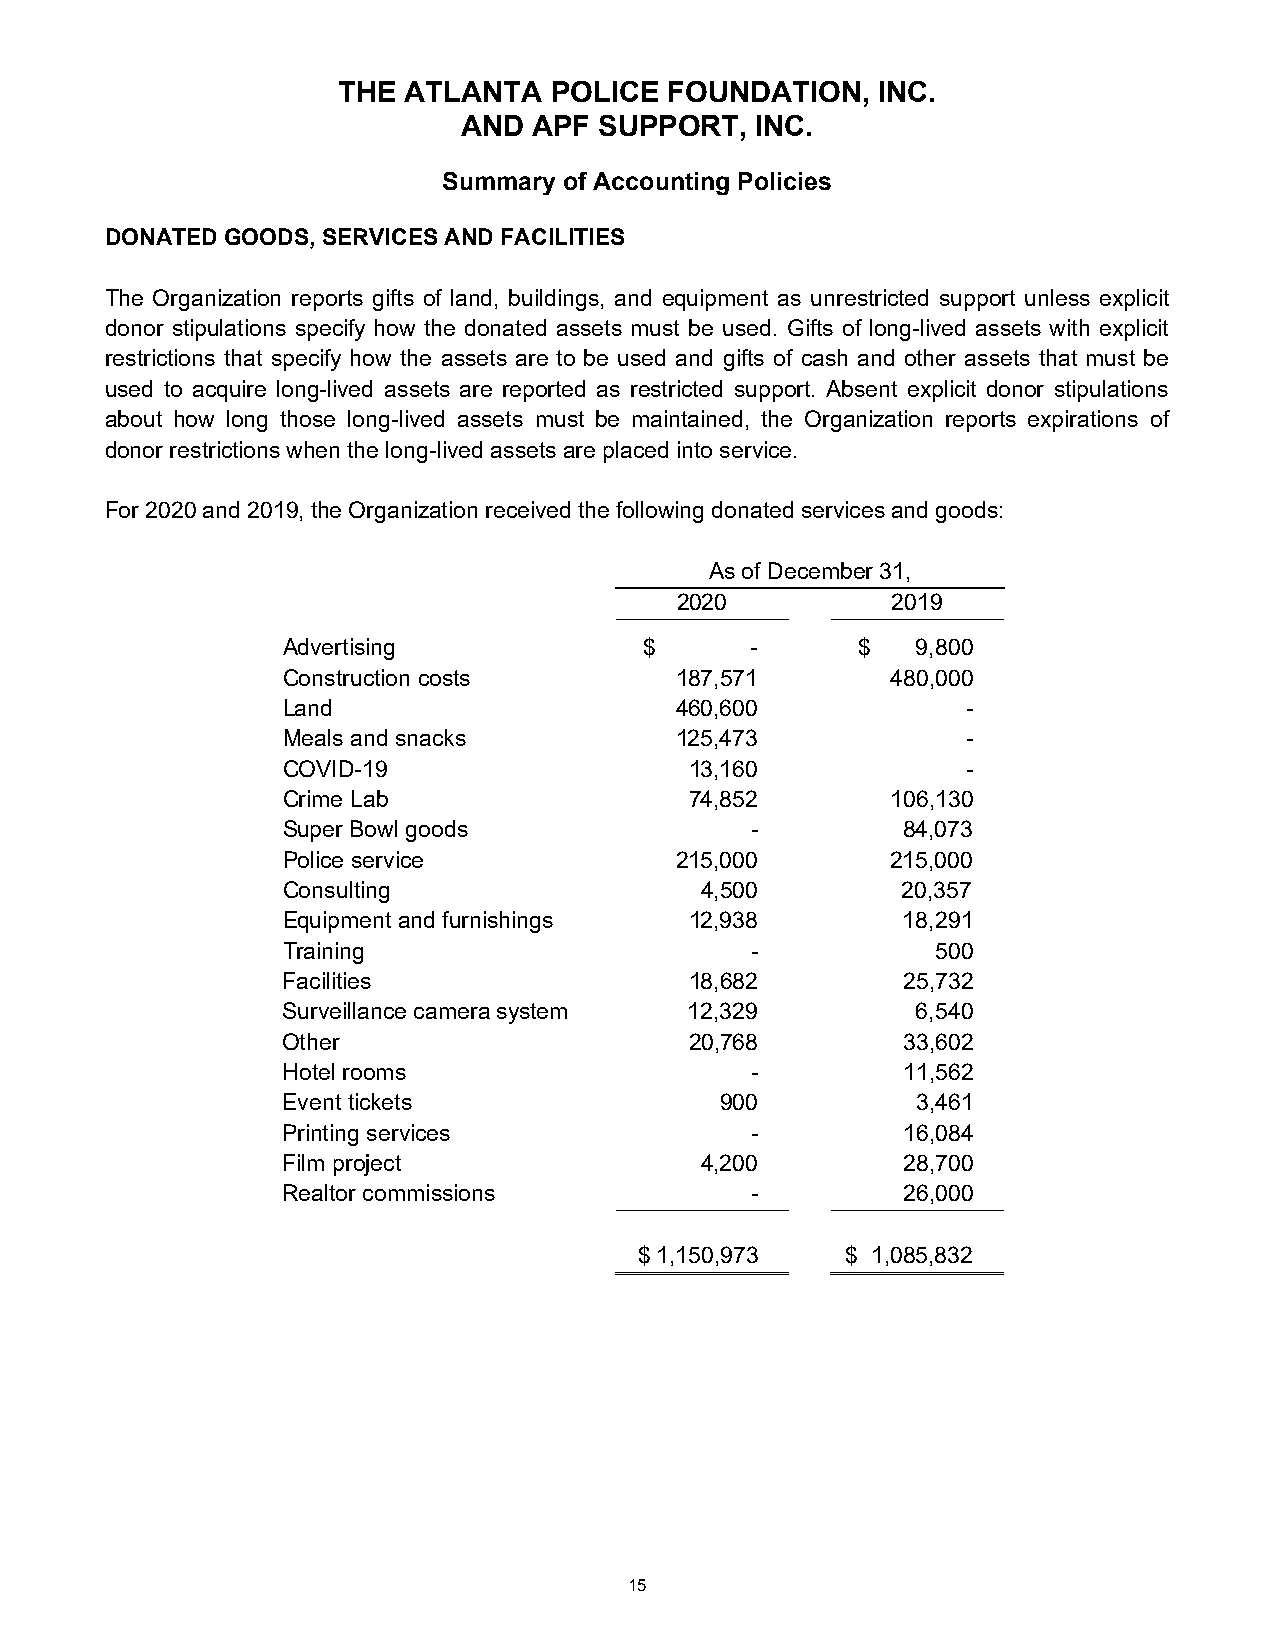
THE  ATLANTA  POLICE  FOUNDATION,   INC.
 AND APF  SUPPORT,  INC.
 Summary of Accounting Policies
 DONATED GOODS, SERVICES AND FACILITIES
 The Organization reports gifts of land, buildings, and equipment as unrestricted support unless explicit
 donor stipulations specify how the donated assets must be used. Gifts of long-lived assets with explicit
 restrictions that specify how the assets are to be used and gifts of cash and other assets that must be
 used to acquire long-lived assets are reported as restricted support. Absent explicit donor stipulations
 about how long those long-lived assets must be maintained, the Organization reports expirations of
 donor restrictions when the long-lived assets are placed into service.
 For 2020 and 2019, the Organization received the following donated services and goods:
 As of December 31,
 2020          2019
 Advertising             $      -      $   9,800
 Construction costs        187,571       480,000
 Land                      460,600            -
 Meals and snacks          125,473            -
 COVID-19                   13,160            -
 Crime Lab                  74,852       106,130
 Super Bowl goods               -         84,073
 Police service            215,000       215,000
 Consulting                 4,500         20,357
 Equipment and furnishings  12,938        18,291
 Training                       -           500
 Facilities                 18,682        25,732
 Surveillance camera system 12,329         6,540
 Other                      20,768        33,602
 Hotel rooms                    -         11,562
 Event tickets                900          3,461
 Printing services              -         16,084
 Film project               4,200         28,700
 Realtor commissions            -         26,000
 $ 1,150,973   $ 1,085,832
 15